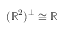
( \mathbb { R } ^ { 2 } ) ^ { \perp } \cong \mathbb { R }